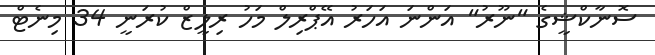
ސޮނާކްޝީގެ "ނޫރު" އަންނަ އަހަރު އޭޕްރިލް މަހު ރިލީޒް ކުރަނީ 34 މިނެޓް